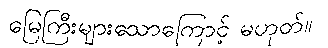
မြေကြီးများသောကြောင့် မဟုတ်။